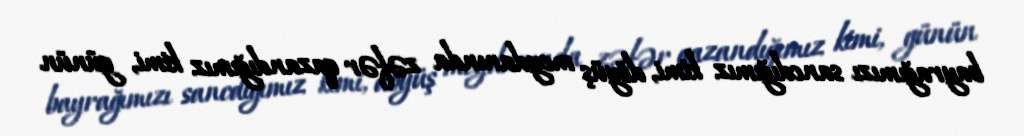
bayrağımızı sancdığımız kimi, döyüş meydanında zəfər qazandığımız kimi, günün